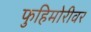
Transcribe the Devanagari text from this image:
फुहिमोरीवर